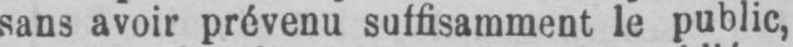
sans avoir prévenu suffisamment le public,